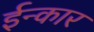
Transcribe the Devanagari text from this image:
ईन्कार